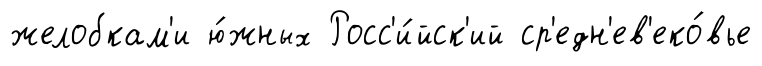
желобкам'и ю́жных Росс'и́йск'ий ср'едн'ев'еко́вье